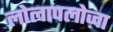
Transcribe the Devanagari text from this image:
लोलापलोज़ा